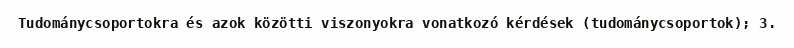
Tudománycsoportokra és azok közötti viszonyokra vonatkozó kérdések (tudománycsoportok); 3.